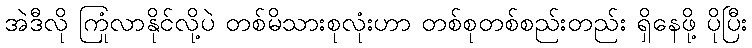
အဲဒီလို ကြုံလာနိုင်လို့ပဲ တစ်မိသားစုလုံးဟာ တစ်စုတစ်စည်းတည်း ရှိနေဖို့ ပိုပြီး